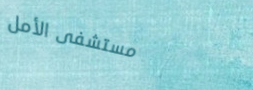
مستشفى الأمل